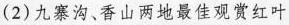
(2)九寨沟、香山两地最佳观赏红叶